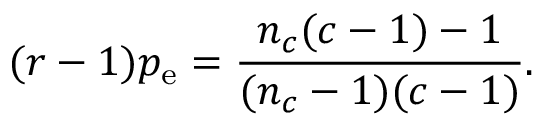
( r - 1 ) p _ { \mathrm { e } } = \frac { n _ { c } ( c - 1 ) - 1 } { ( n _ { c } - 1 ) ( c - 1 ) } .